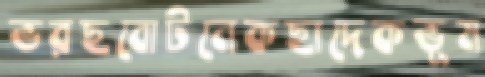
ভরছবোটনেকছাদেকভূম